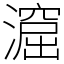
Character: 㵠